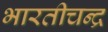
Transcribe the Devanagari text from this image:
भारतीचन्द्र